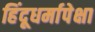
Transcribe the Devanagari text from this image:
हिंदूधर्मापेक्षा